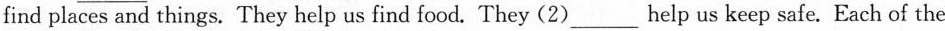
find places and things. They help us find food. They (2)___help us keep safe. Each of the